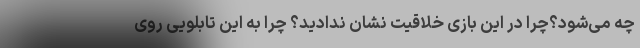
چه می‌شود؟چرا در این بازی خلاقیت نشان ندادید؟ چرا به این تابلویی روی